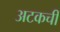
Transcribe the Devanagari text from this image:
अटकची